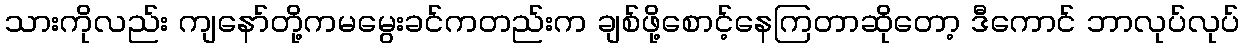
သားကိုလည်း ကျနော်တို့ကမမွေးခင်ကတည်းက ချစ်ဖို့စောင့်နေကြတာဆိုတော့ ဒီကောင် ဘာလုပ်လုပ်